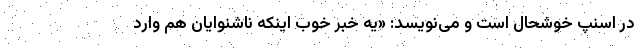
در اسنپ خوشحال است و می‌نویسد: «یه خبر خوب اینکه ناشنوایان هم وارد